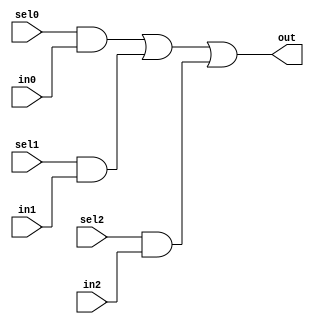
//#############################################################################
//# Function: 3:1 one hot mux                                                 #
//#############################################################################
//# Author:   Andreas Olofsson                                                #
//# License:  MIT (see LICENSE file in OH! repository)                        #
//#############################################################################

module oh_mux3 #(parameter N = 1 ) // width of mux
   (
    input 	    sel2,
    input 	    sel1,
    input 	    sel0,
    input [N-1:0]  in2,
    input [N-1:0]  in1,
    input [N-1:0]  in0,
    output [N-1:0] out  //selected data output
    );

   assign out[N-1:0] = ({(N){sel0}} & in0[N-1:0] |
			 {(N){sel1}} & in1[N-1:0] |
			 {(N){sel2}} & in2[N-1:0]);

endmodule // oh_mux3